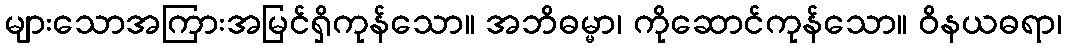
များသောအကြားအမြင်ရှိကုန်သော။ အဘိဓမ္မာ၊ ကိုဆောင်ကုန်သော။ ဝိနယဓရာ၊